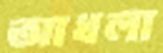
আধলা